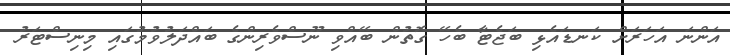
އަންނަ އަހަރަށް ކަނޑައެޅި ބަޖެޓާ ބެހޭ ގޮތުން ބޭއްވި ނޫސްވެރިންގެ ބައްދަލުވުމުގައި މިނިސްޓަރު